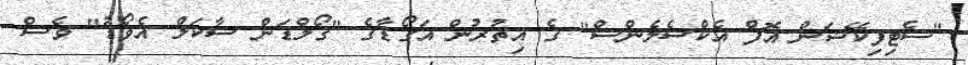
"ސެޓިފިކޭޝަން އޮފް އެކްސެލެންސް" ގެ އިތުރުން އަގޯޑާގެ "ގޯލްޑަން ސާކަލް އެވޯޑު" ވެސް